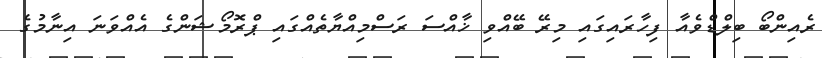
ރެއިންބޯ ބިލްޑްވެއާ ފިހާރައިގައި މިރޭ ބޭއްވި ޚާއްސަ ރަސްމިއްޔާތެއްގައި ޕްރޮމޯޝަންގެ އެއްވަނަ އިނާމުގެ